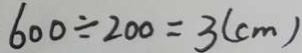
6 0 0 \div 2 0 0 = 3 ( c m )